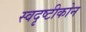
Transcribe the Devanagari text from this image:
स्वदृष्टीकोन